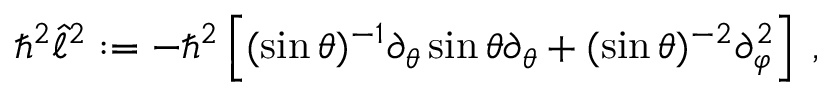
\hbar ^ { 2 } \hat { \ell } ^ { 2 } : = - \hbar ^ { 2 } \left[ ( \sin \theta ) ^ { - 1 } \partial _ { \theta } \sin \theta \partial _ { \theta } + ( \sin \theta ) ^ { - 2 } \partial _ { \varphi } ^ { 2 } \right] \; ,